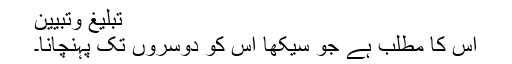
تبلیغ وتبیین
اس کا مطلب ہے جو سیکھا اس کو دوسروں تک پہنچانا۔